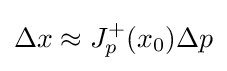
\Delta x\approx J_{p}^{+}(x_{0})\Delta p